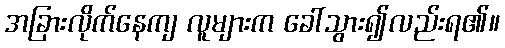
အခြားလိုက်နေကျ လူများက ခေါ်သွား၍လည်းရ၏။